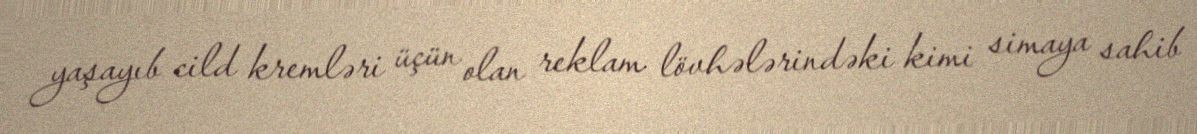
yaşayıb cild kremləri üçün olan reklam lövhələrindəki kimi simaya sahib